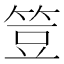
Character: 䇺